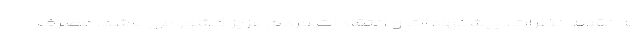
به نقطه نظرات، پیشنهادات و انتقادات مردم عزیز کشور می باشد. مصرف